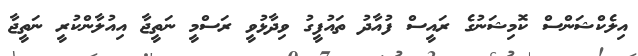
އިލެކްޝަންސް ކޮމިޝަނުގެ ރައީސް ފުއާދު ތައުފީގު ވިދާޅުވީ ރަސްމީ ނަތީޖާ އިއުލާންކުރީ ނަތީޖާ